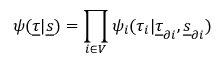
\psi ( \underline { { \tau } } | \underline { { s } } ) = \prod _ { i \in V } \psi _ { i } ( \tau _ { i } | \underline { { \tau } } _ { \partial i } , \underline { { s } } _ { \partial i } )